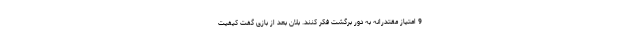
9 امتیاز مقتدرانه به دور برگشت فکر کنند. بلان بعد از بازی گفت کیفیت